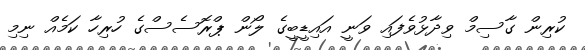
ކުރިން ގާސިމް ވިދާޅުވެފައި ވަނީ އައިޑީބީގެ ލޯން ޕްރޮސެސްގެ ހުރިހާ ކަމެއް ނިމި